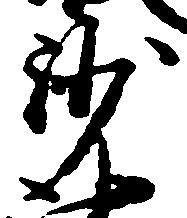
沙